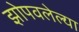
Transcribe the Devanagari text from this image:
झोपवलेल्या